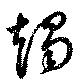
竭